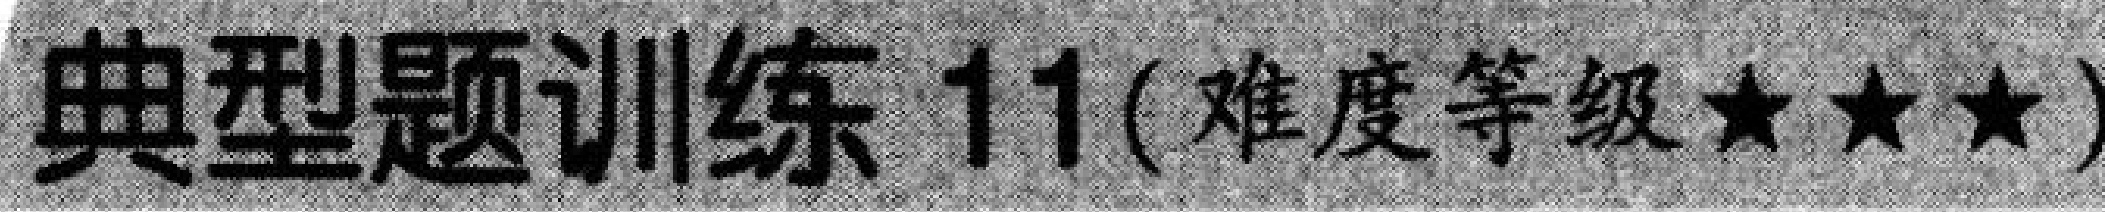
典型题训练 11 (难度等级★★★)